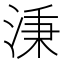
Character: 𣶸